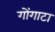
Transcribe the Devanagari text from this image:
गोंगाटा